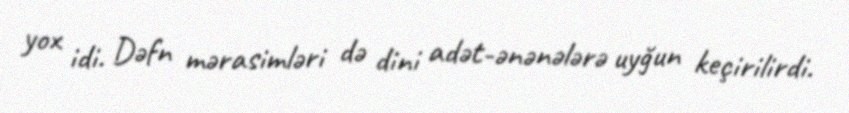
yox idi. Dəfn mərasimləri də dini adət-ənənələrə uyğun keçirilirdi.